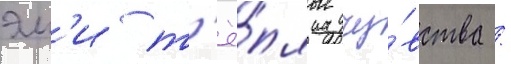
эм'и т'ё́плые чу́вства /